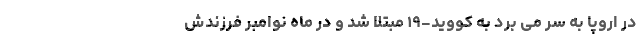
در اروپا به سر می برد به کووید-۱۹ مبتلا شد و در ماه نوامبر فرزندش